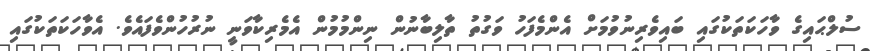
ސުލްޙައިގެ ވާހަކަތަކުގައި ބައިވެރިނުވުމަށް އެންމެފަހު ވަގުތު ތާލިބާނުން ނިންމުމުން އެމެރިކާވަނީ ނުރުހުންވެފައެވެ. އެވާހަކަތަކުގައި